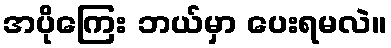
အပိုကြေး ဘယ်မှာ ပေးရမလဲ။